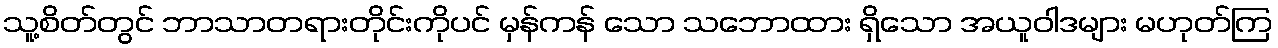
သူ့စိတ်တွင် ဘာသာတရားတိုင်းကိုပင် မှန်ကန် သော သဘောထား ရှိသော အယူဝါဒများ မဟုတ်ကြ